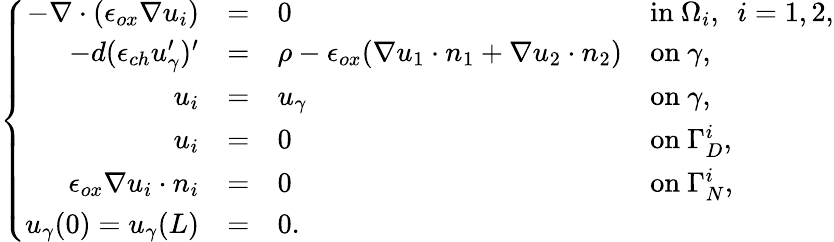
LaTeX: \left\{ \begin{array}{rcll}{-\nabla\cdot(\epsilon_{ox}\nabla u_{i})}&{=}&{0}&{\mathrm{in}~\Omega_{i},~~i=1,2,}\\ {-d(\epsilon_{ch}u_{\gamma}^{\prime})^{\prime}}&{=}&{\rho-\epsilon_{ox}(\nabla u_{1}\cdot n_{1}+\nabla u_{2}\cdot n_{2})}&{\mathrm{on}~\gamma,}\\ {u_{i}}&{=}&{u_{\gamma}}&{\mathrm{on}~\gamma,}\\ {u_{i}}&{=}&{0}&{\mathrm{on~}\Gamma_{D}^{i},}\\ {\epsilon_{ox}\nabla u_{i}\cdot n_{i}}&{=}&{0}&{\mathrm{on~}\Gamma_{N}^{i},}\\ {u_{\gamma}(0)=u_{\gamma}(L)}&{=}&{0.}\end{array}\right.